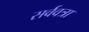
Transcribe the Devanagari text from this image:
सर्ववत्रा